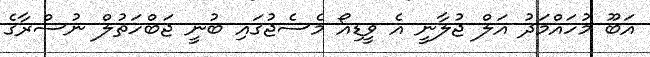
އަބޫ މުހައްމަދު އަލް ޖުލާނީ އެ ވީޑިއޯ މެސެޖުގައި ބުނީ ޖަބްހަތުލް ނުސްރާގެ